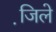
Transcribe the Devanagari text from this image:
जि़ले